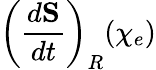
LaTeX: \left(\frac{d{\mathbf S}}{dt}\right)_{R}(\chi_{e})